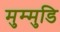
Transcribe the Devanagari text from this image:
मुम्मुडि